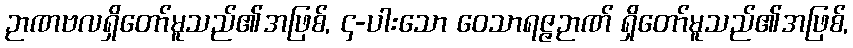
ဉာဏဗလရှိတော်မူသည်၏အဖြစ်, ၄-ပါးသော ဝေသာရဇ္ဇဉာဏ် ရှိတော်မူသည်၏အဖြစ်,